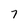
Character: 7